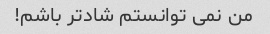
من نمی توانستم شادتر باشم!